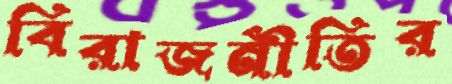
বিরাজনীতির